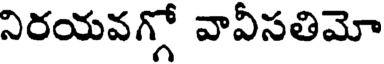
నిరయవగ్గో వావీసతిమో